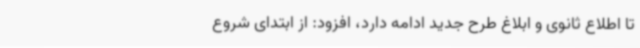
تا اطلاع ثانوی و ابلاغ طرح جدید ادامه دارد، افزود: از ابتدای شروع